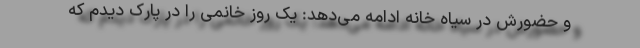
و حضورش در سیاه خانه ادامه می‌دهد: یک روز خانمی را در پارک دیدم که